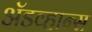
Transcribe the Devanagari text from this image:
अॅडव्हान्स